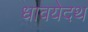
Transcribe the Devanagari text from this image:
धावयेदथ